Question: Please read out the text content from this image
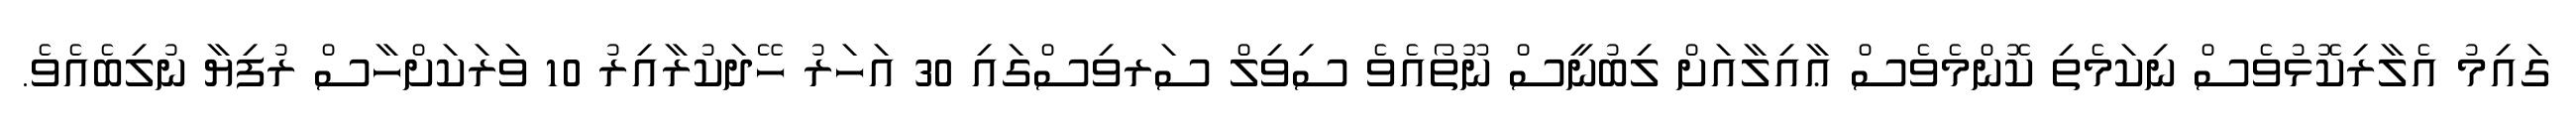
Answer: ގައިމު އެލާރިކޮޅުވެސް ނިކަމެތި ކޮންމެވެސް ޢާއިލާއަށް ލިބުނީސް ނޫތޯއެވެ ސިވިލް ސަރވިސްގައި 30 އަހަރު ހޭދަކުރާއިރު 10 ވަރަކަށްހާސް ރުފިޔާ ނުލިބެއެވެ.